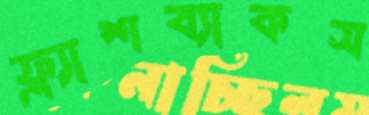
ফ্ল্যাশব্যাকস